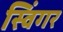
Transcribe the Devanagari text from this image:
स्विंगर